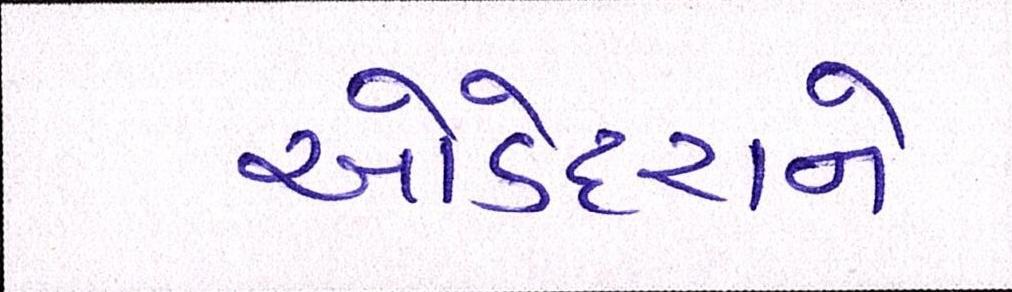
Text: ઓડેદરાને